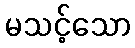
မသင့်သော